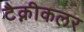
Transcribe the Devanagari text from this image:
टैक्नीकलर